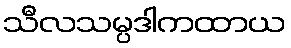
သီလသမ္ပဒါကထာယ